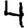
Digit: 4